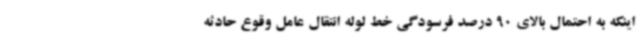
اینکه به احتمال بالای 90 درصد فرسودگی خط لوله انتقال عامل وقوع حادثه